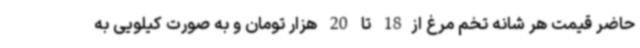
حاضر قیمت هر شانه تخم مرغ از18 تا 20 هزار تومان و به صورت کیلویی به